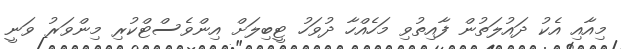
މިއާއި އެކު ދައުލަތުން ފާއިތުވި މަހެއްހާ ދުވަހު ޓީބިލަށް އިންވެސްޓްކުރި މިންވަރު ވަނީ